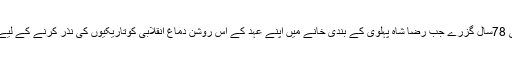
4فروری 1940 کوئی 78سال گزرے جب رضا شاہ پہلوی کے بندی خانے میں اپنے عہد کے اس روشن دماغ انقلابی کوتاریکیوں کی نذر کرنے کے لیے زہر کا سہارا لیا گیا ۔